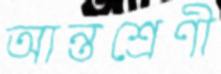
আন্তশ্রেণী